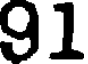
91